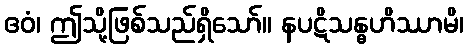
ဧဝံ၊ ဤသို့ဖြစ်သည်ရှိသော်။ နပဋိသန္ဓဟိဿာမိ၊